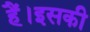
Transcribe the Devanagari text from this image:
हैं।इसकी